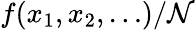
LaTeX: f(x_{1},x_{2},\ldots)/{\cal N}